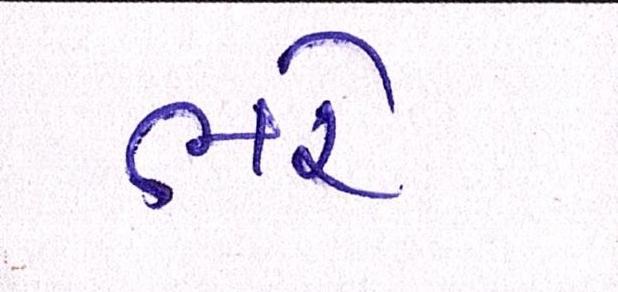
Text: ભરે